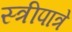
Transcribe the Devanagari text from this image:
स्त्रीपात्रे